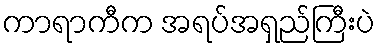
ကာရာကီက အရပ်အရှည်ကြီးပဲ